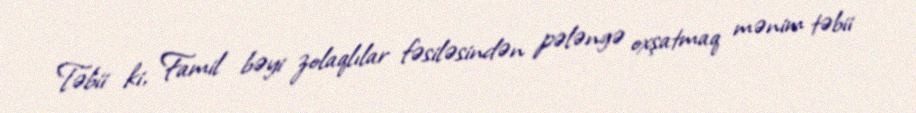
Təbii ki, Famil bəyi zolaqlılar fəsiləsindən pələngə oxşatmaq mənim təbii